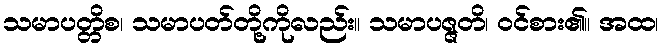
သမာပတ္တိစ၊ သမာပတ်တို့ကိုလည်း။ သမာပဇ္ဇတိ၊ ဝင်စား၏။ အထ၊